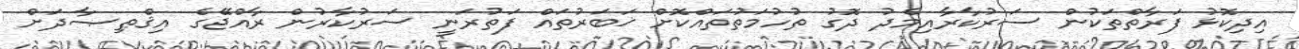
އިދިކޮޅު ފަރާތްތަކުން ސަރުކާރާއިމެދު ދޮގު ތުހުމަތުތައްކޮށް ޚަބަރުތައް ފަތުރަނީ ސަރުކާރުން ރާއްޖޭގެ އިޤްޠިޞާދަށް